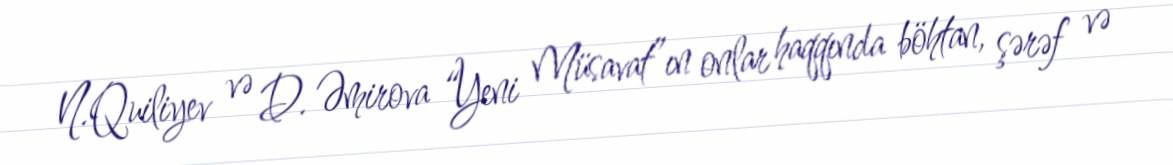
N.Quiliyev və D. Əmirova “Yeni Müsavat”ın onlar haqqında böhtan, şərəf və